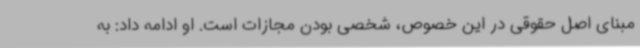
مبنای اصل حقوقی در این خصوص، شخصی بودن مجازات است. او ادامه داد: به